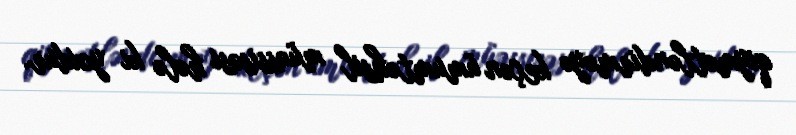
qiymətləndirməyə keçən ümumtəhsil müəssisəsi hələ ki yoxdur.